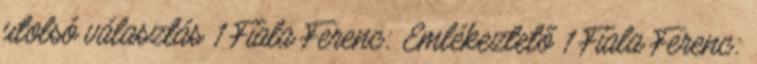
utolsó választás 1 Fiala Ferenc: Emlékeztető 1 Fiala Ferenc: